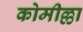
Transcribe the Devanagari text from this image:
कोमील्ला